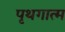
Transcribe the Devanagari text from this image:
पृथगात्म